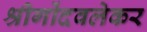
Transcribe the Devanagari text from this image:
श्रीगोंदवलेकर